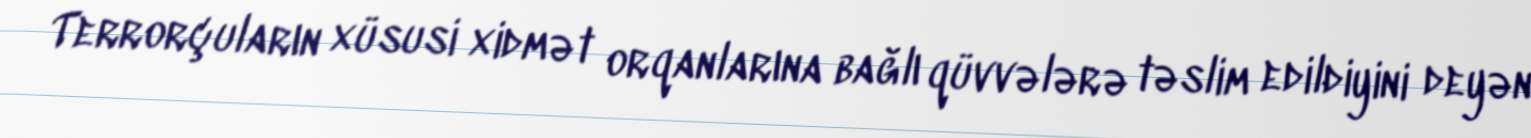
Terrorçuların xüsusi xidmət orqanlarına bağlı qüvvələrə təslim edildiyini deyən